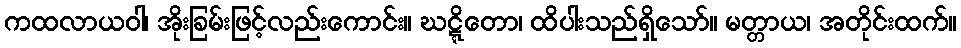
ကထလာယဝါ၊ အိုးခြမ်းဖြင့်လည်းကောင်း။ ဃဋ္ဋိတော၊ ထိပါးသည်ရှိသော်။ မတ္တာယ၊ အတိုင်းထက်။